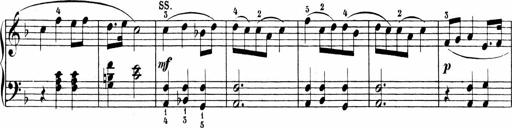
Title: 6 Sonatinas
Composer: Carl Reinecke